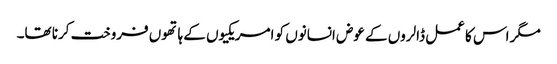
مگر اس کا عمل ڈالروں کے عوض انسانوں کو امریکیوں کے ہاتھوں فروخت کرنا تھا۔